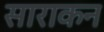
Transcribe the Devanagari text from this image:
साराकन